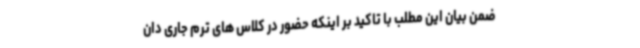
ضمن بیان این مطلب با تاکید بر اینکه حضور در کلاس های ترم جاری دان